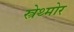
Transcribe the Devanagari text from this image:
स्त्रेथ्मोर